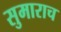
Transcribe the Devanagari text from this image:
सुमाराच